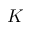
K